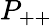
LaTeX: P_{++}